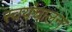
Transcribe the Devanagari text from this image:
स्वयंचालन